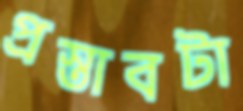
প্রস্তাবটা